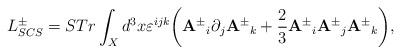
LaTeX: \begin{align*}L^{\pm}_{SCS}=STr\int_X d^3x\varepsilon^{ijk} \bigg({{\bf A}^{\pm}}_i\partial_j {{\bf A}^{\pm}}_k+\frac{2}{3} {{\bf A}^{\pm}}_i {{\bf A}^{\pm}}_j {{\bf A}^{\pm}}_k \bigg), \end{align*}